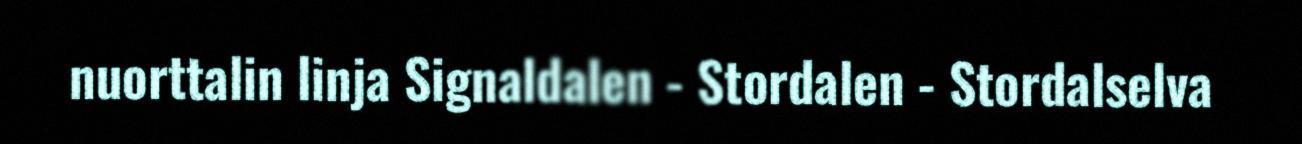
nuorttalin linja Signaldalen - Stordalen - Stordalselva